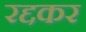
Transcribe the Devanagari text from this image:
रद्दकर